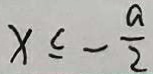
x \leq - \frac { a } { 2 }